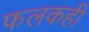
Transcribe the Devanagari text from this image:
फलकही